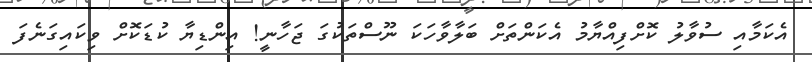
އެކަމާއި ސުވާލު ކޮށްފިއްޔާމު އެކަންތަށް ބަލާވާހަކަ ނޫސްތަކުގަ ޖަހާނީ! އިންޑިޔާ ކުޑަކޮށް ވިކައިގަނެފަ